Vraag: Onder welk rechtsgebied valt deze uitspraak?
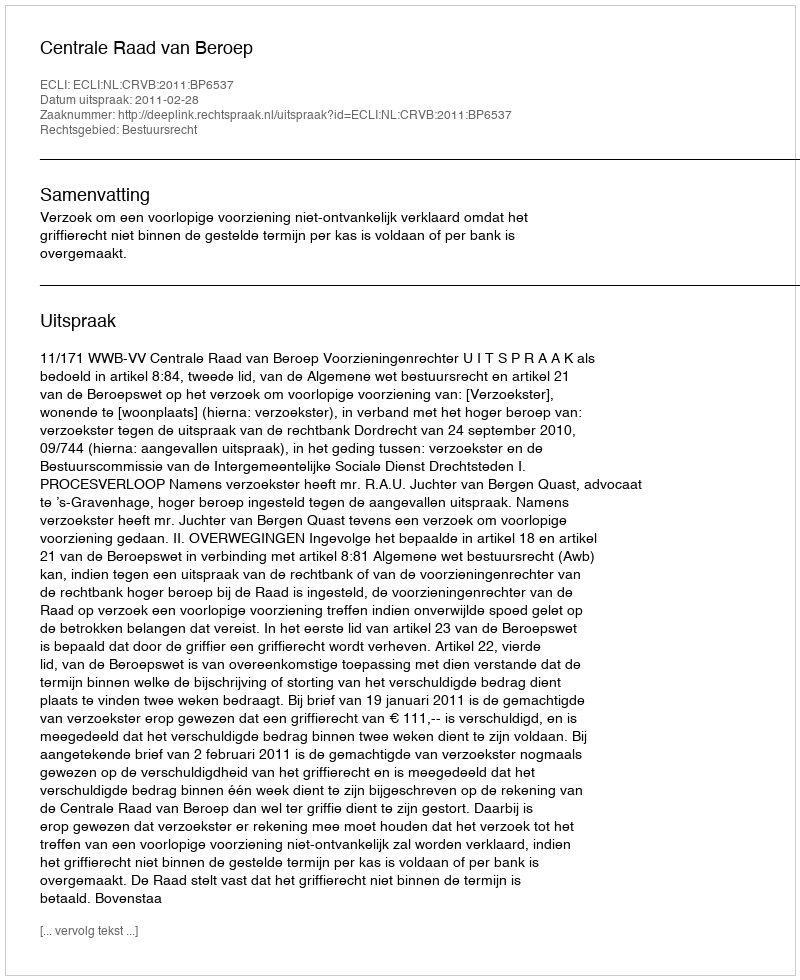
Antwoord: Bestuursrecht